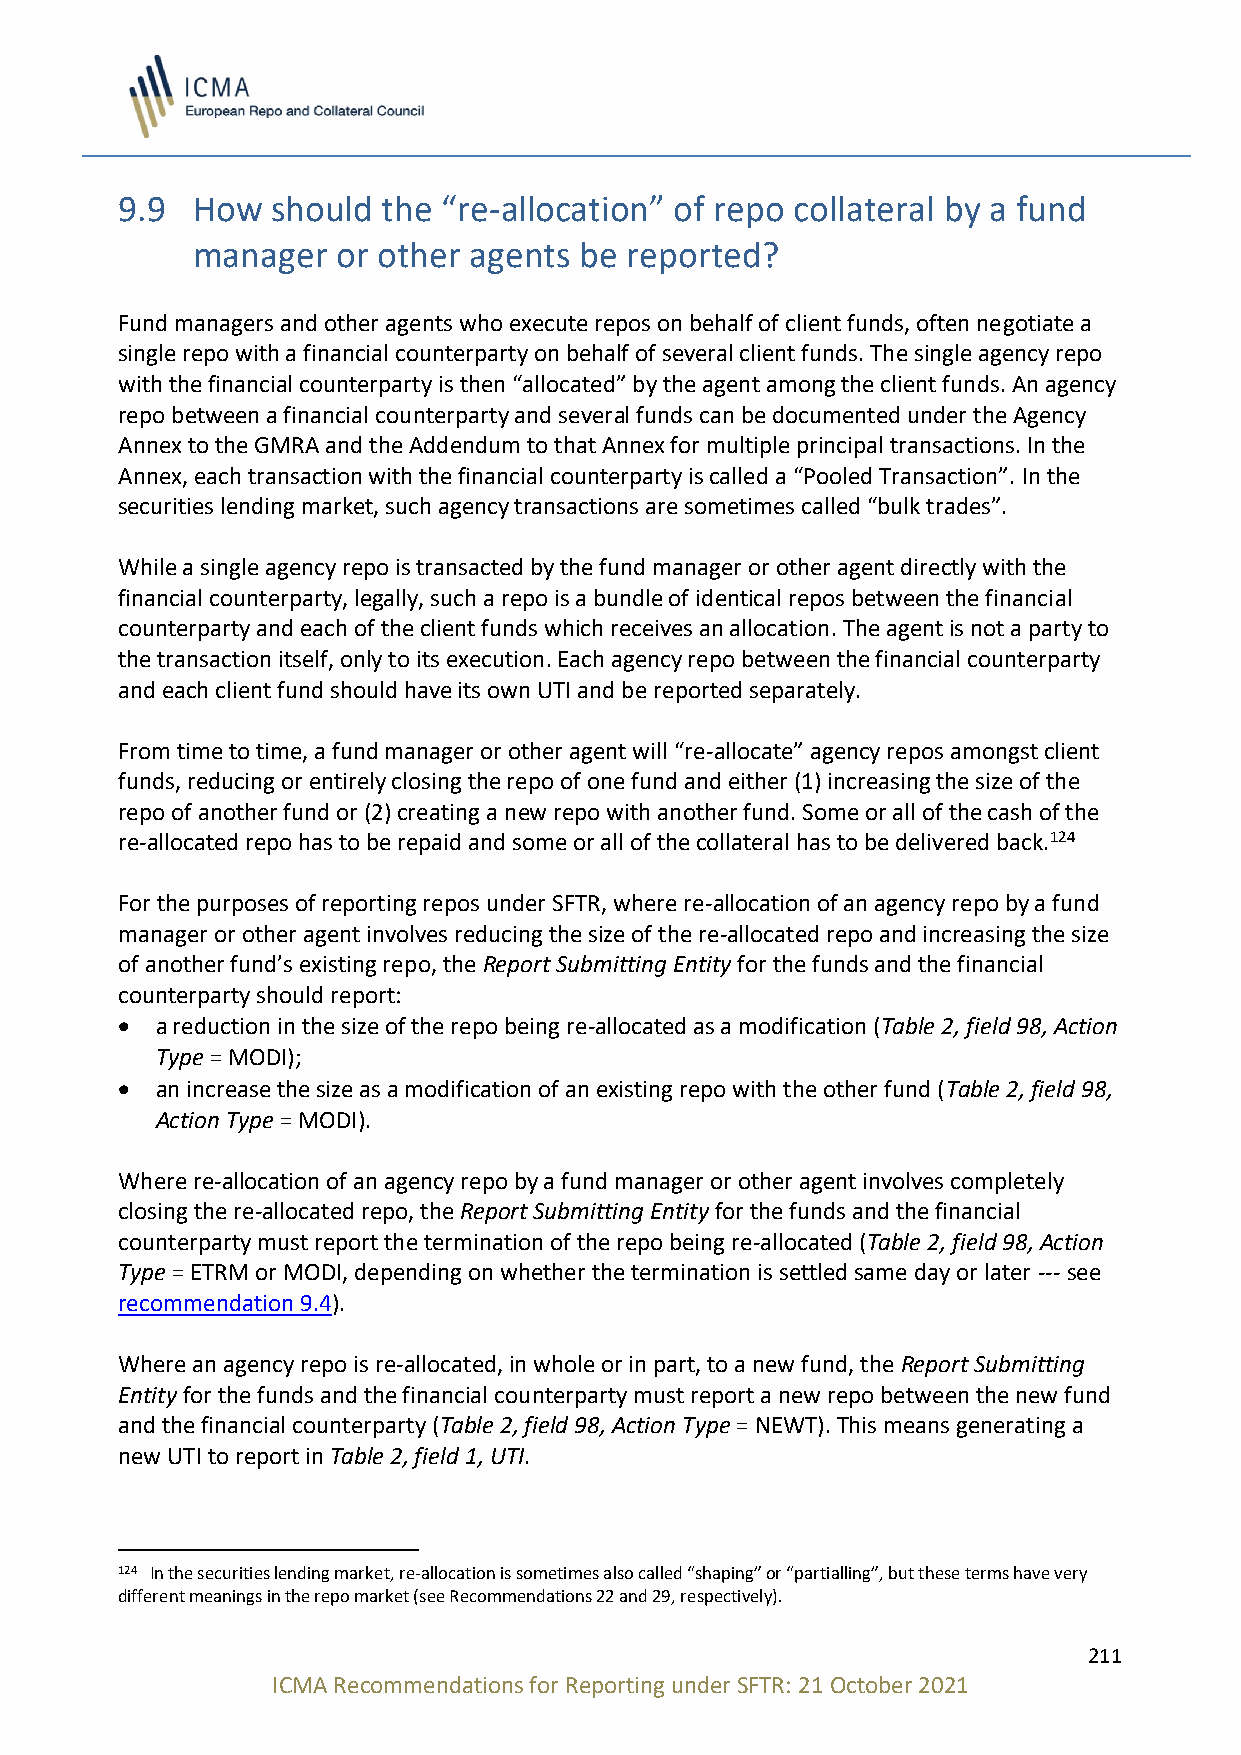
9.9  How  should the “re-allocation” of repo collateral by a fund
 manager  or other agents be reported?
 Fund managers and other agents who execute repos on behalf of client funds, often negotiate a
 single repo with a financial counterparty on behalf of several client funds. The single agency repo
 with the financial counterparty is then “allocated” by the agent among the client funds. An agency
 repo between a financial counterparty and several funds can be documented under the Agency
 Annex to the GMRA and the Addendum to that Annex for multiple principal transactions. In the
 Annex, each transaction with the financial counterparty is called a “Pooled Transaction”. In the
 securities lending market, such agency transactions are sometimes called “bulk trades”.
 While a single agency repo is transacted by the fund manager or other agent directly with the
 financial counterparty, legally, such a repo is a bundle of identical repos between the financial
 counterparty and each of the client funds which receives an allocation. The agent is not a party to
 the transaction itself, only to its execution. Each agency repo between the financial counterparty
 and each client fund should have its own UTI and be reported separately.
 From time to time, a fund manager or other agent will “re-allocate” agency repos amongst client
 funds, reducing or entirely closing the repo of one fund and either (1) increasing the size of the
 repo of another fund or (2) creating a new repo with another fund. Some or all of the cash of the
 re-allocated repo has to be repaid and some or all of the collateral has to be delivered back.124
 For the purposes of reporting repos under SFTR, where re-allocation of an agency repo by a fund
 manager or other agent involves reducing the size of the re-allocated repo and increasing the size
 of another fund’s existing repo, the Report Submitting Entity for the funds and the financial
 counterparty should report:
 • a reduction in the size of the repo being re-allocated as a modification (Table 2, field 98, Action
 Type = MODI);
 • an increase the size as a modification of an existing repo with the other fund (Table 2, field 98,
 Action Type = MODI).
 Where re-allocation of an agency repo by a fund manager or other agent involves completely
 closing the re-allocated repo, the Report Submitting Entity for the funds and the financial
 counterparty must report the termination of the repo being re-allocated (Table 2, field 98, Action
 Type = ETRM or MODI, depending on whether the termination is settled same day or later --- see
 recommendation 9.4).
 Where an agency repo is re-allocated, in whole or in part, to a new fund, the Report Submitting
 Entity for the funds and the financial counterparty must report a new repo between the new fund
 and the financial counterparty (Table 2, field 98, Action Type = NEWT). This means generating a
 new UTI to report in Table 2, field 1, UTI.
 124 In the securities lending market, re-allocation is sometimes also called “shaping” or “partialling”, but these terms have very
 different meanings in the repo market (see Recommendations 22 and 29, respectively).
 211
 ICMA Recommendations for Reporting under SFTR: 21 October 2021